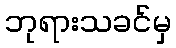
ဘုရားသခင်မှ